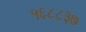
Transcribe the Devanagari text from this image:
५६८८३७